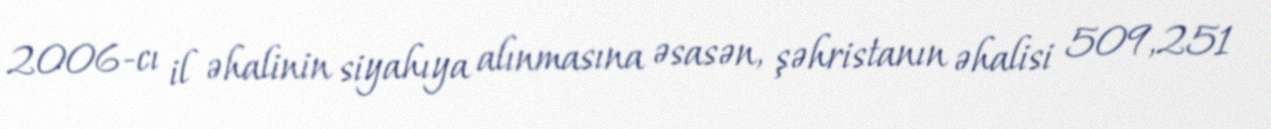
2006-cı il əhalinin siyahıya alınmasına əsasən, şəhristanın əhalisi 509,251